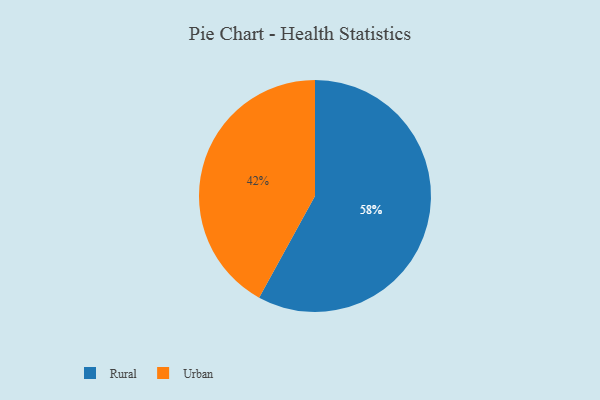
{"axis": {"x": "Category", "y": "Percentage"}, "legend": ["Rural", "Urban"], "data": [{"x": "Urban", "y": 42, "type": "Urban"}, {"x": "Rural", "y": 58, "type": "Rural"}]}